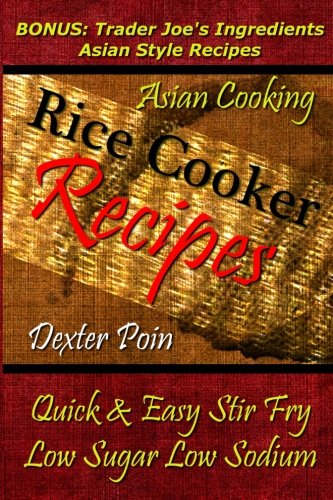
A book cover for Rice Cooker Recipes - Asian Cooking - Quick & Easy Stir Fry - Low Sugar - Low Sodium: Bonus: Trader Joe's Ingredients Asian Style Recipes (Rice Rice ... - Healthy Eating On a Budget); Dexter Poin; Cookbooks, Food & Wine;